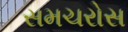
સમચરોસ